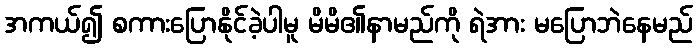
အကယ်၍ စကားပြောနိုင်ခဲ့ပါမူ မိမိ၏နာမည်ကို ရဲအား မပြောဘဲနေမည်